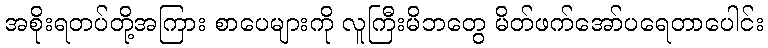
အစိုးရတပ်တို့အကြား စာပေများကို လူကြီးမိဘတွေ မိတ်ဖက်အော်ပရေတာပေါင်း